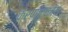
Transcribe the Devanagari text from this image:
कर्णाटकीय